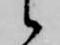
候